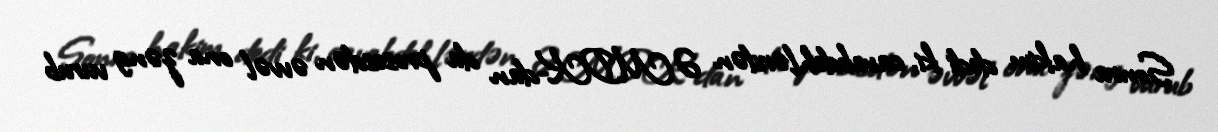
Sonra hakim dedi ki, cavabdehlərdən ƏMDK-dan da prosesdən əvvəl ona zəng vurub